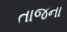
તાજના